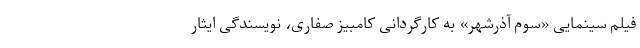
فیلم سینمایی «سوم آذرشهر» به کارگردانی کامبیز صفاری، نویسندگی ایثار